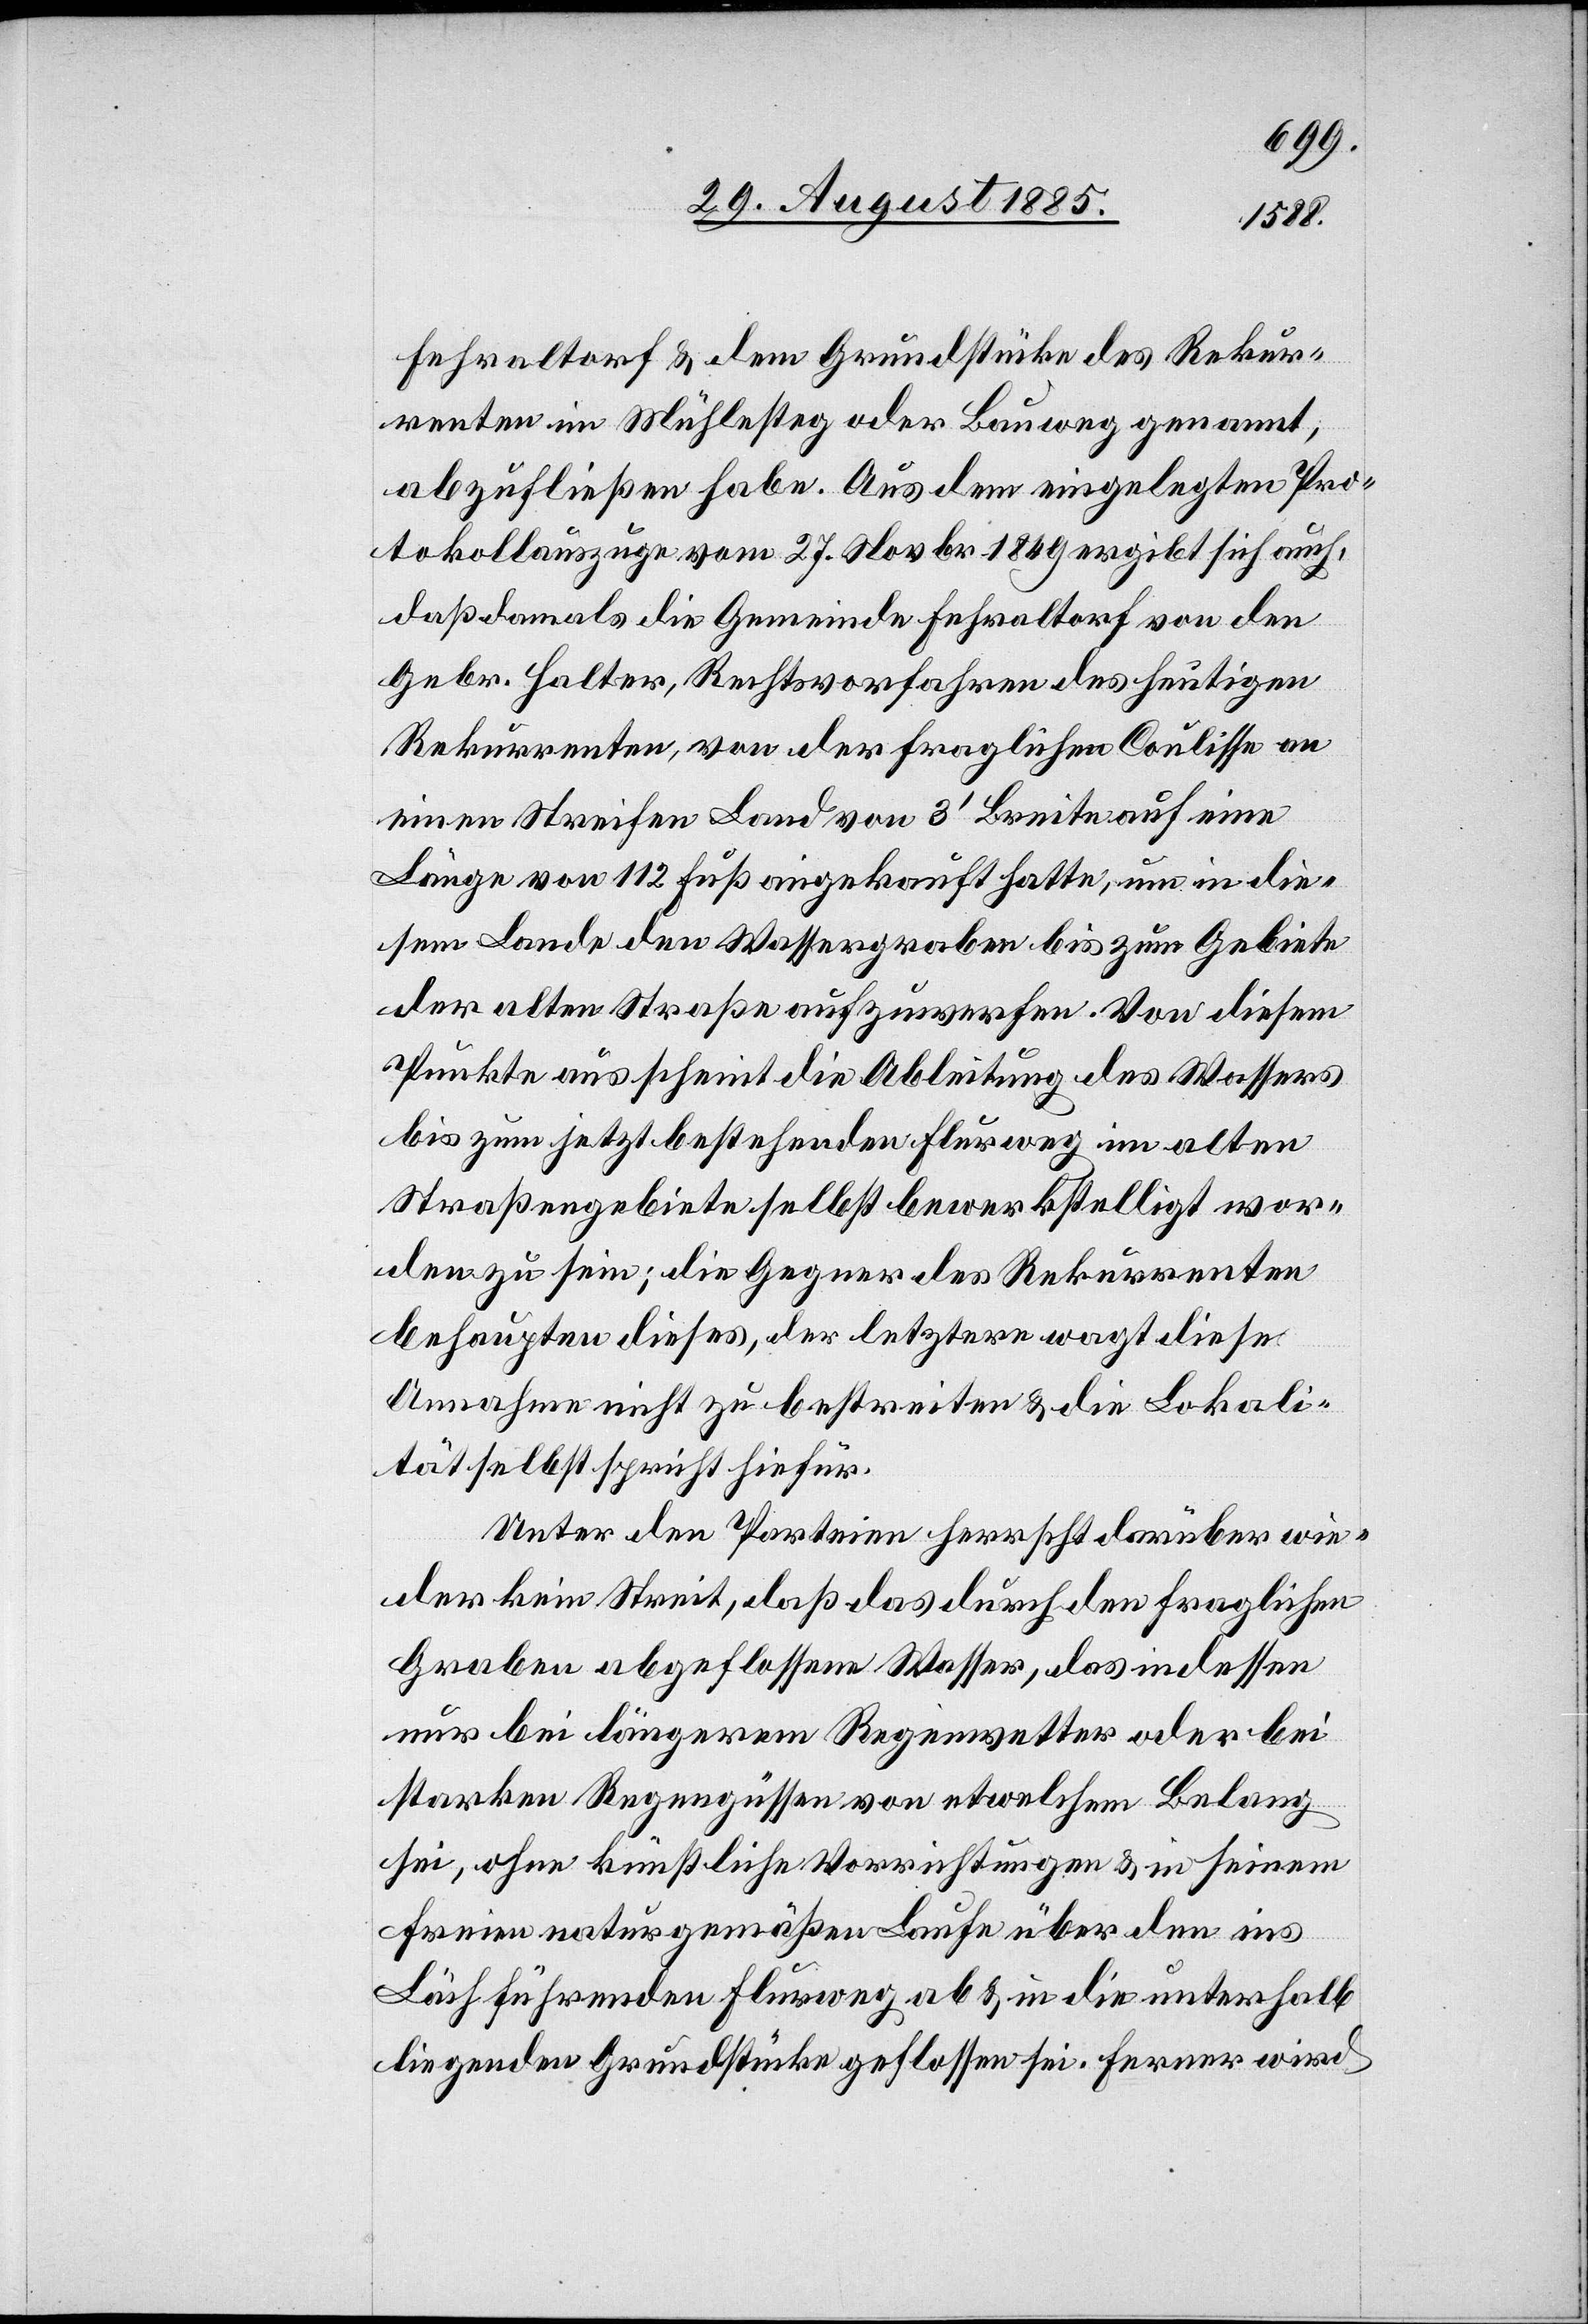
Fehraltorf & dem Grundstücke des Rekur¬
renten im Mühlesteg oder Bauweg genannt,
abzufließen habe. Aus dem eingelegten Pro¬
tokollauszuge vom 27. Novbr. 1849 ergibt sich auch,
daß damals die Gemeinde Fehraltorf von den
Gebr. Halter, Rechtsvorfahren des heutigen
Rekurrenten, von der fraglichen Coulisse an
einen Streifen Land von 3‘ Breite auf eine
Länge von 112 Fuß angekauft hatte, um in die¬
sem Lande den Wassergraben bis zum Gebiete
der alten Straße aufzuwerfen. Von diesem
Punkte aus scheint die Ableitung des Wassers
bis zum jetzt bestehenden Flurweg im alten
Straßengebiete selbst bewerkstelligt wor¬
den zu sein; die Gegner des Rekurrenten
behaupten dieses, der letztere wagt diese
Annahme nicht zu bestreiten & die Lokali¬
tät selbst spricht hiefür.
Unter den Parteien herrscht darüber wie¬
der kein Streit, daß das durch den fraglichen
Graben abgeflossene Wasser, das indessen
nur bei längerem Regenwetter oder bei
starken Regengüssen von etwelchem Belang
sei, ohne künstliche Vorrichtungen & in seinem
freien naturgemäßen Laufe über den ins
Läch führenden Flurweg ab & in die unterhalb
liegenden Grundstücke geflossen sei. Ferner wird